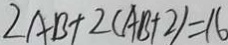
2 A B + 2 ( A B + 2 ) = 1 6